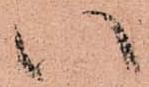
い